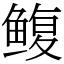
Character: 鳆